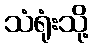
သံရုံးသို့